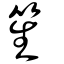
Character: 笙